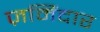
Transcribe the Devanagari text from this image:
ज़मिंदार